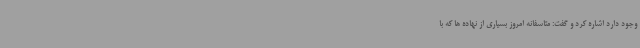
وجود دارد اشاره کرد و گفت: متاسفانه امروز بسیاری از نهاده ها که با